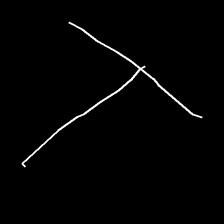
Glyph: column